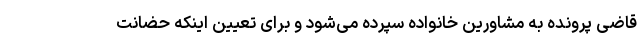
قاضی پرونده به مشاورین خانواده سپرده می‌شود و برای تعیین اینکه حضانت